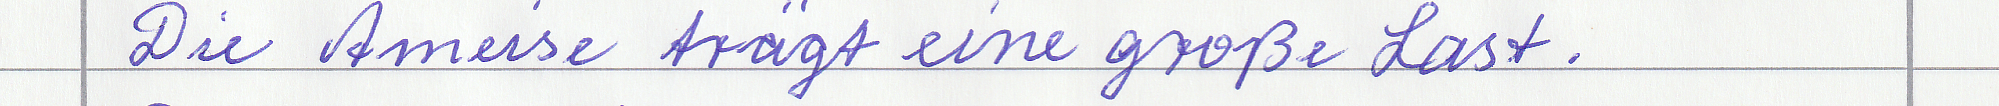
Die Ameise trägt eine große Last.